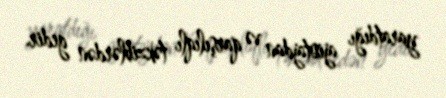
yaratdığı ajiotajdan və qarşılıqlı təkziblərdən gedir.